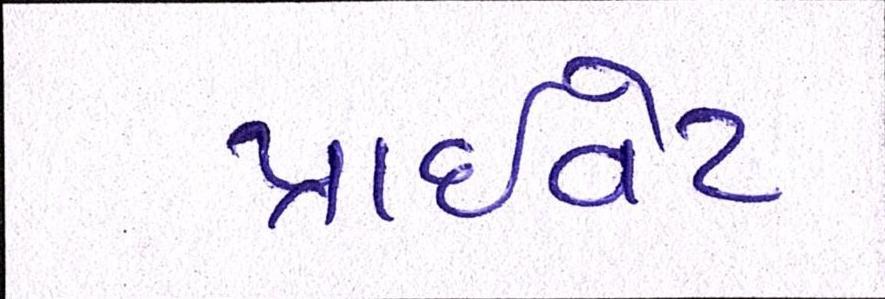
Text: પ્રાઈવેટ